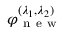
\varphi _ { \mathrm { ~ n ~ e ~ w ~ } } ^ { ( \lambda _ { 1 } , \lambda _ { 2 } ) }